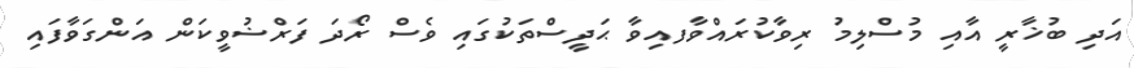
އަދި ބުޚާރީ އާއި މުސްލިމު ރިވާކުރައްވާފއިވާ ޙަދީސްތަކުގައި ވެސް ރޯދަ ފަރްޟުވީކަން އަންގަވާފައި